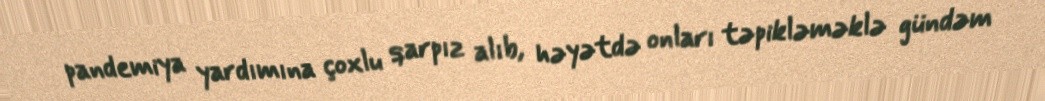
pandemiya yardımına çoxlu qarpız alıb, həyətdə onları təpikləməklə gündəm